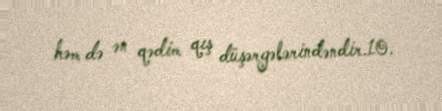
həm də ən qədim qış düşərgələrindəndir.10.